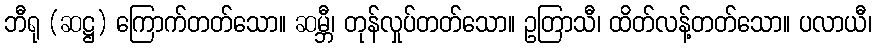
ဘီရု (ဆဋ္ဌ) ကြောက်တတ်သော။ ဆမ္ဘီ၊ တုန်လှုပ်တတ်သော။ ဥတြာသီ၊ ထိတ်လန့်တတ်သော။ ပလာယီ၊